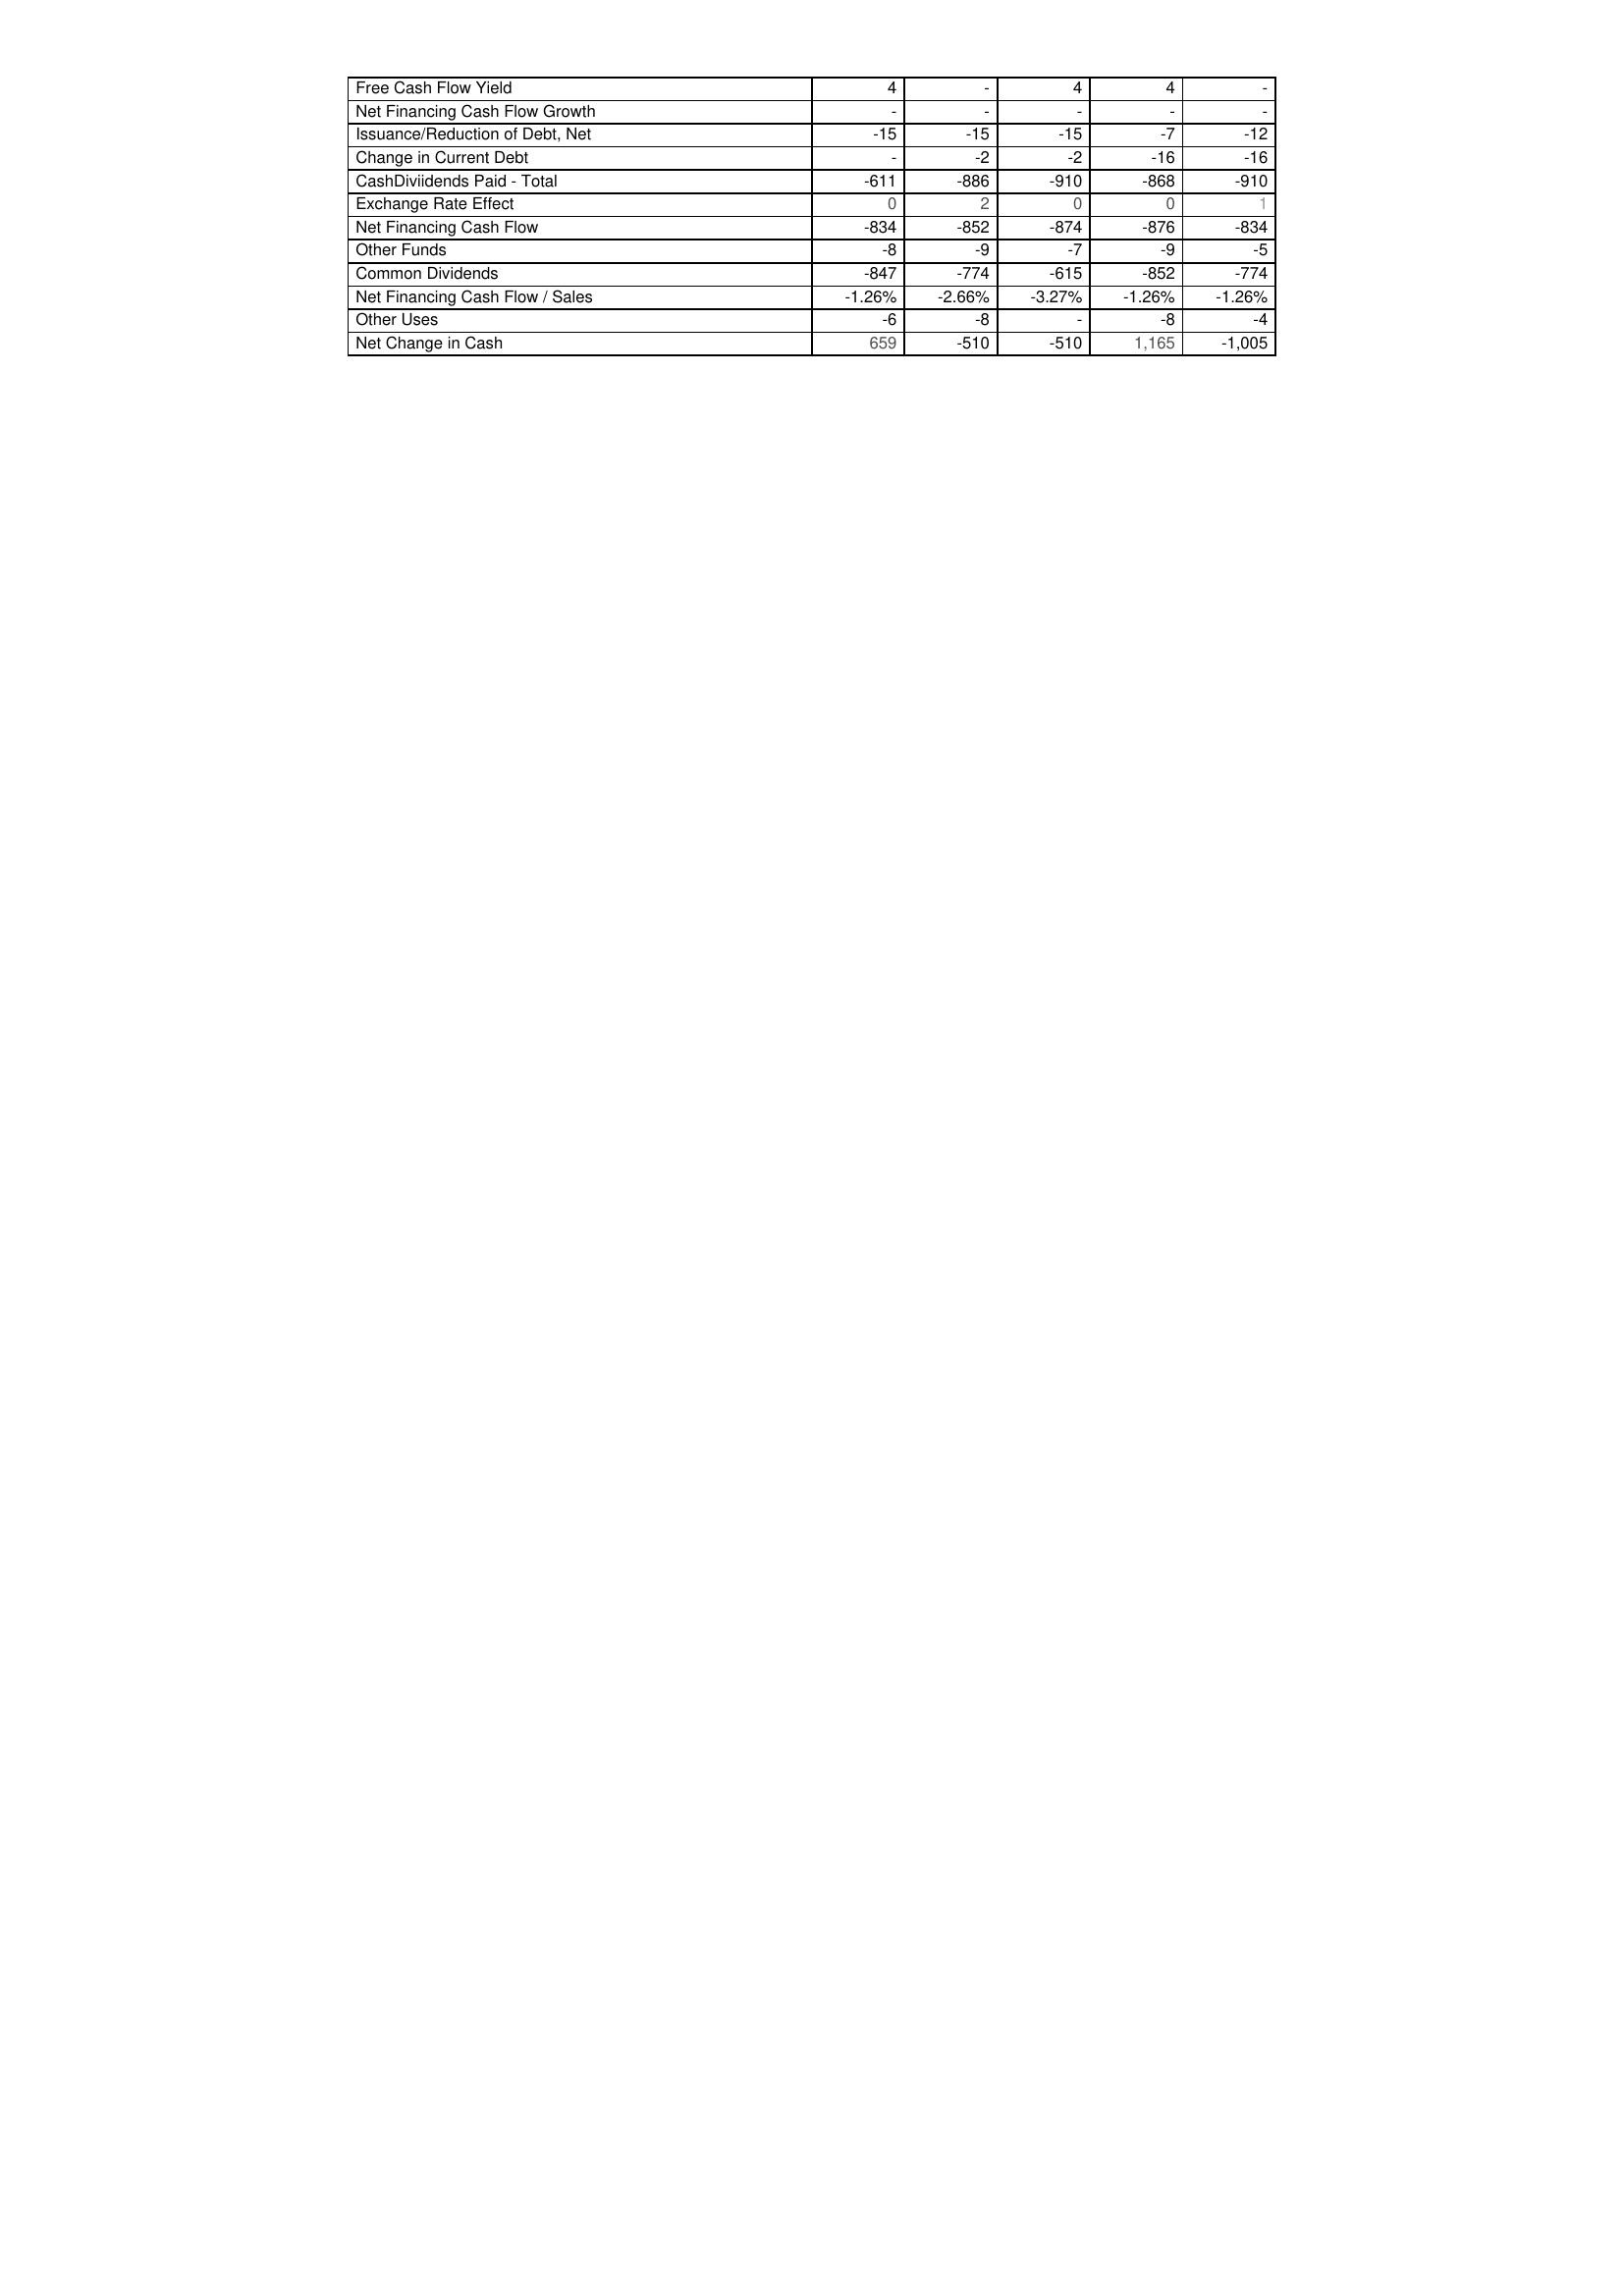
2013: Financing Activities: Free Cash Flow Yield: 4
Net Financing Cash Flow Growth: -
Issuance/Reduction of Debt, Net: -15
Change in Current Debt: -
CashDiviidends Paid - Total: -611
Exchange Rate Effect: 0
Net Financing Cash Flow: -834
Other Funds: -8
Common Dividends: -847
Net Financing Cash Flow / Sales: -1.26%
Other Uses: -6
Net Change in Cash: 659
2012: Financing Activities: Free Cash Flow Yield: -
Net Financing Cash Flow Growth: -
Issuance/Reduction of Debt, Net: -15
Change in Current Debt: -2
CashDiviidends Paid - Total: -886
Exchange Rate Effect: 2
Net Financing Cash Flow: -852
Other Funds: -9
Common Dividends: -774
Net Financing Cash Flow / Sales: -2.66%
Other Uses: -8
Net Change in Cash: -510
2011: Financing Activities: Free Cash Flow Yield: 4
Net Financing Cash Flow Growth: -
Issuance/Reduction of Debt, Net: -15
Change in Current Debt: -2
CashDiviidends Paid - Total: -910
Exchange Rate Effect: 0
Net Financing Cash Flow: -874
Other Funds: -7
Common Dividends: -615
Net Financing Cash Flow / Sales: -3.27%
Other Uses: -
Net Change in Cash: -510
2010: Financing Activities: Free Cash Flow Yield: 4
Net Financing Cash Flow Growth: -
Issuance/Reduction of Debt, Net: -7
Change in Current Debt: -16
CashDiviidends Paid - Total: -868
Exchange Rate Effect: 0
Net Financing Cash Flow: -876
Other Funds: -9
Common Dividends: -852
Net Financing Cash Flow / Sales: -1.26%
Other Uses: -8
Net Change in Cash: 1,165
2009: Financing Activities: Free Cash Flow Yield: -
Net Financing Cash Flow Growth: -
Issuance/Reduction of Debt, Net: -12
Change in Current Debt: -16
CashDiviidends Paid - Total: -910
Exchange Rate Effect: 1
Net Financing Cash Flow: -834
Other Funds: -5
Common Dividends: -774
Net Financing Cash Flow / Sales: -1.26%
Other Uses: -4
Net Change in Cash: -1,005